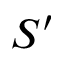
S ^ { \prime }